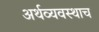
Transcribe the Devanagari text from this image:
अर्थव्यवस्थाच